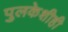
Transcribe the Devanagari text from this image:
पुलकेशीही